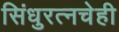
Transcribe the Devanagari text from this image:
सिंधुरत्नचेही